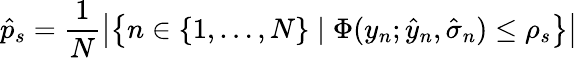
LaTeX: \hat{p}_{s}=\frac{1}{N}\left|\left\{ n\in\{ 1,\dots,N\} \mid\Phi(y_{n};\hat{y}_{n},\hat{\sigma}_{n})\leq\rho_{s}\right\} \right|